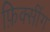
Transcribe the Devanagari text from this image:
फ़िक्सींग